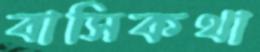
বাসিকথা